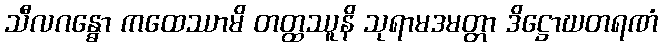
သီလဂန္ဓော ကထေဿာမိ တတ္ထဿူနိ သုရာမဒမတ္တာ ဒိဋ္ဌောဃတရဏံ